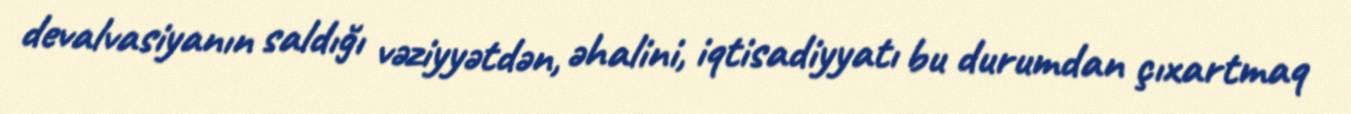
devalvasiyanın saldığı vəziyyətdən, əhalini, iqtisadiyyatı bu durumdan çıxartmaq